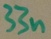
Text: 33n